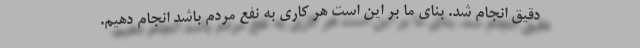
دقیق انجام شد. بنای ما بر این است هر کاری به نفع مردم باشد انجام دهیم.